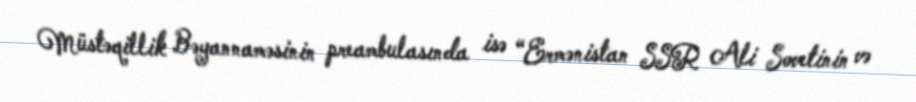
Müstəqillik Bəyannaməsinin preambulasında isə “Ermənistan SSR Ali Sovetinin və